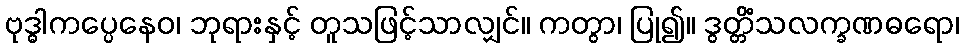
ဗုဒ္ဓါကပ္ပေနေဝ၊ ဘုရားနှင့် တူသဖြင့်သာလျှင်။ ကတွာ၊ ပြု၍။ ဒွတ္တိံသလက္ခဏဓရော၊